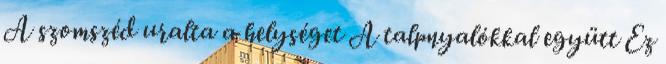
A szomszéd uralta a helységet A talpnyalókkal együtt Ez